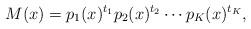
LaTeX: \begin{align*}M(x)=p_1(x)^{t_1}p_2(x)^{t_2}\cdots p_K(x)^{t_K},\end{align*}